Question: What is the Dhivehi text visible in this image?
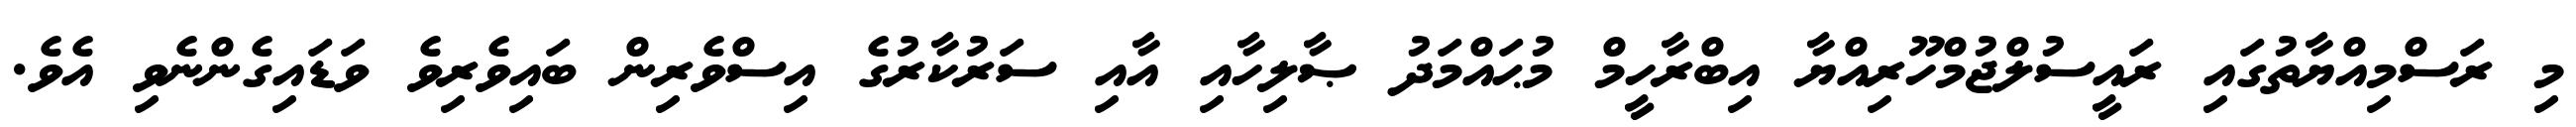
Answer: މި ރަސްމިއްޔާތުގައި ރައީސުލްޖުމްހޫރިއްޔާ އިބްރާހީމް މުޙައްމަދު ޞާލިހާއި އާއި ސަރުކާރުގެ އިސްވެރިން ބައިވެރިވެ ވަޑައިގެންނެވި އެވެ.